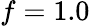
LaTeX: f=1.0